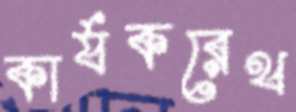
কার্যকরেথ